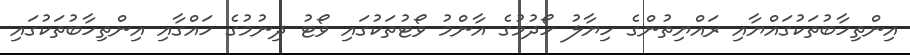
އިންތިހާބުތަކުގައްޔާއި ރައްޔިތުންގެ ހިޔާލު ހޯދުމުގެ އާންމު ވޯޓުތަކުގައި ވޯޓު ދިނުމުގެ ހައްގާއި އިންތިހާބުތަކުގައި